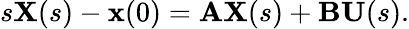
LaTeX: s\mathbf{X}(s)-\mathbf{x}(0)=\mathbf{A}\mathbf{X}(s)+\mathbf{B}\mathbf{U}(s).